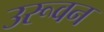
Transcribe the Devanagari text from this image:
उरूवन